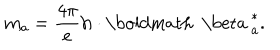
LaTeX: m _ { a } = { \frac { 4 \pi } { e } } { \bf h } \cdot { \mathrm { \boldmath ~ \ b e t a ~ } } _ { a } ^ { * } .